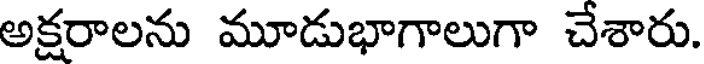
అక్షరాలను మూడుభాగాలుగా చేశారు.